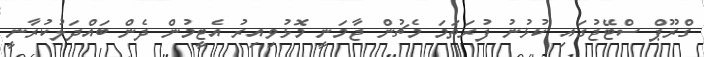
ގްރޫޕް ސްޓޭޖުގައި ކުޅުނު ފުރަތަމަ މެޗުން ޖާމަނީ މޮޅުވިއިރު އެޓީމުން ދެން ބައްދަލުކުރާނީ